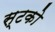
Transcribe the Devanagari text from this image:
स्टको